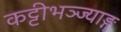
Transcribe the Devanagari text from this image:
कट्टीभञ्ज्याङ्ग